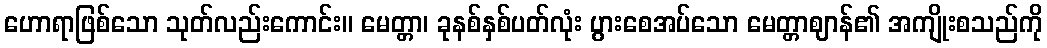
ဟောရာဖြစ်သော သုတ်လည်းကောင်း။ မေတ္တာ၊ ခုနစ်နှစ်ပတ်လုံး ပွားစေအပ်သော မေတ္တာဈာန်၏ အကျိုးစသည်ကို